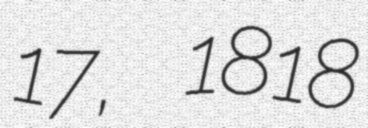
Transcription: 17, 1818